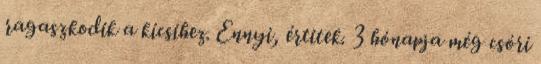
ragaszkodik a kicsihez. Ennyi, értitek. 3 hónapja még csóri